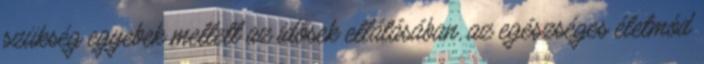
szükség egyebek mellett az idősek ellátásában, az egészséges életmód